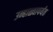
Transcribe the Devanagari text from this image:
उन्हाळ्यापर्यंत